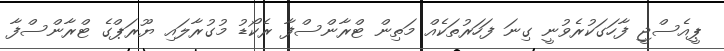
ޕީއެސްޖީ ފާހަގަކުރެވުނީ ގިނަ ފަހަރުތަކެއް މަތިން ޓްރާންސްފާ ރެކޯޑު މުގުރާލައި ޔޫރަޕްގެ ޓްރާންސްފާ